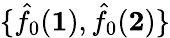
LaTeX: \{ \hat{f}_{0}(\mathbf{1}),\hat{f}_{0}(\mathbf{2})\}